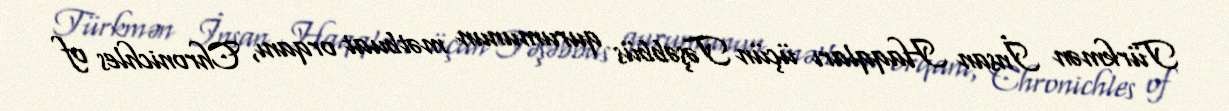
Türkmən İnsan Haqqları üçün Təşəbbüs qurumunun mətbuat orqanı, Chronichles of